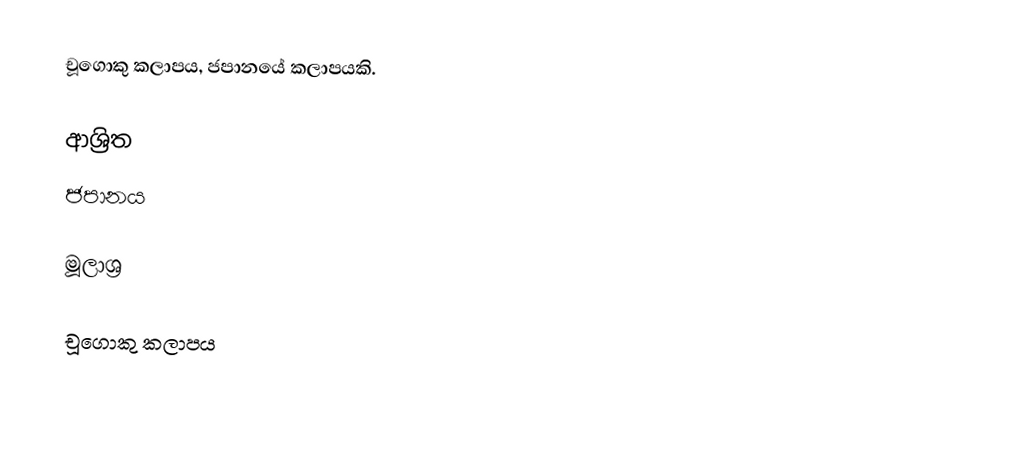
චූගොකු කලාපය, ජපානයේ කලාපයකි.

ආශ්‍රිත
 ජපානය

මූලාශ්‍ර

චූගොකු කලාපය